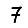
Digit: 7